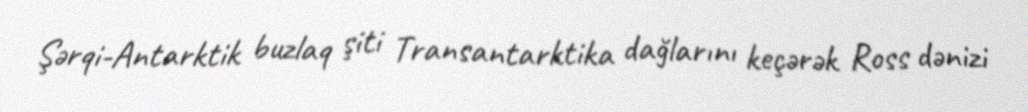
Şərqi-Antarktik buzlaq şiti Transantarktika dağlarını keçərək Ross dənizi